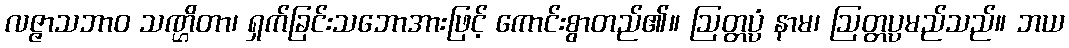
လဇ္ဇာသဘာဝ သဏ္ဌိတာ၊ ရှက်ခြင်းသဘောအားဖြင့် ကောင်းစွာတည်၏။ ဩတ္တပ္ပံ နာမ၊ ဩတ္တပ္ပမည်သည်။ ဘယ